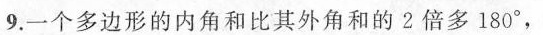
9.一个多边形的内角和比其外角和的2倍多180°，